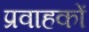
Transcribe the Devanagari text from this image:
प्रवाहकों